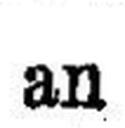
an